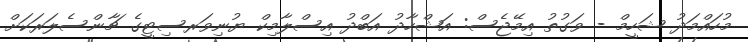
މުހައްމަދު ޝަހީމް - ވަގުތު އިމޭޖެސް: އަޝްހާދު އަބްދު އިސްލާމިކް ޔުނިވަރސިޓީގެ ޗާންސެލަރަކަށް